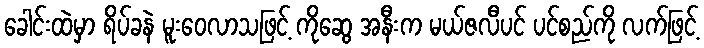
ခေါင်းထဲမှာ ရိပ်ခနဲ မူးဝေလာသဖြင့် ကိုဆွေ အနီးက မယ်ဇလီပင် ပင်စည်ကို လက်ဖြင့်